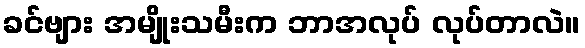
ခင်ဗျား အမျိုးသမီးက ဘာအလုပ် လုပ်တာလဲ။